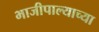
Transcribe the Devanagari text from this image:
भाजीपाल्याच्या